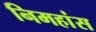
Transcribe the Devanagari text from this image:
निमहांस